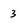
Character: 3